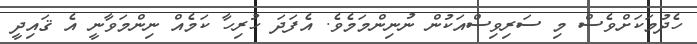
ހެދުމަކަށްވެސް މި ސަރިވިސްއަކުން ނުނިންމަމެވެ. އެފަދަ ހުރިހާ ކަމެއް ނިންމަވާނީ އެ ޤައިދީ